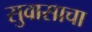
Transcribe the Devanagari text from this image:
सुवासाचा